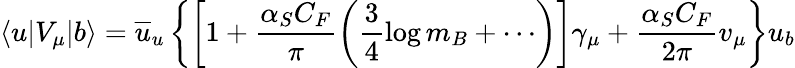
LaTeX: \langle u|V_{\mu}|b\rangle=\overline{{{u}}}_{u}\left\{ \left[1+\frac{\alpha_{S}C_{F}}{\pi}\left(\frac{3}{4}\log m_{B}+\cdots\right)\right]\gamma_{\mu}+\frac{\alpha_{S}C_{F}}{2\pi}v_{\mu}\right\} u_{b}